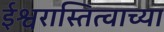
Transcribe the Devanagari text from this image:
ईश्वरास्तित्वाच्या